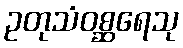
ဥတုသံဝစ္ဆရေသု